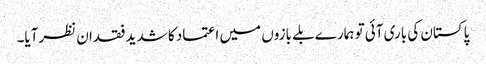
پاکستان کی باری آئی تو ہمارے بلے بازوں میں اعتماد کا شدید فقدان نظرآیا۔